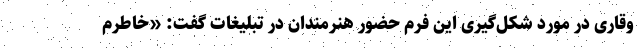
وقاری در مورد شکل‌گیری این فرم حضور هنرمندان در تبلیغات گفت: «خاطرم